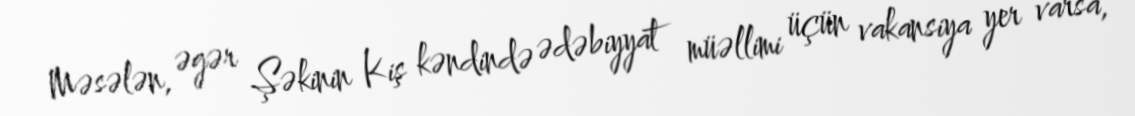
Məsələn, əgər Şəkinin Kiş kəndində ədəbiyyat müəllimi üçün vakansiya yer varsa,